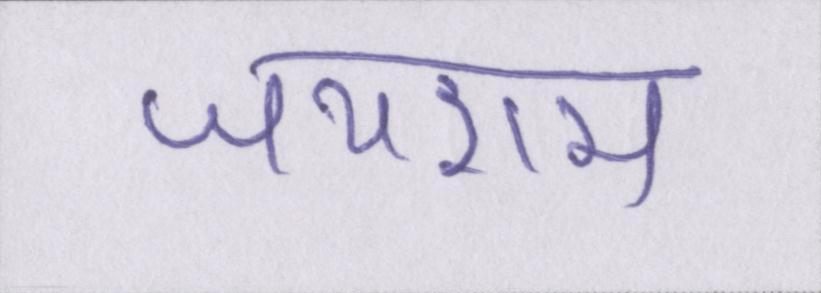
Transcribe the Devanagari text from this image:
जयराम